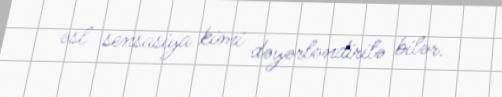
əsl sensasiya kimi dəyərləndirilə bilər.